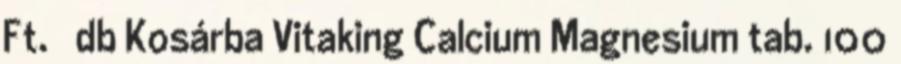
Ft. db Kosárba Vitaking Calcium Magnesium tab. 100